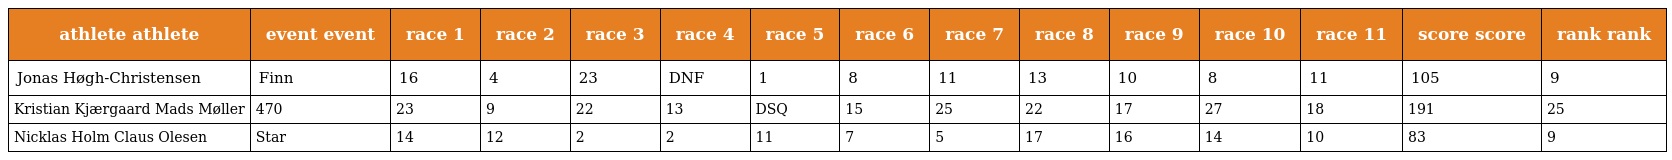
| athlete athlete | event event | race 1 | race 2 | race 3 | race 4 | race 5 | race 6 | race 7 | race 8 | race 9 | race 10 | race 11 | score score | rank rank |
 | --- | --- | --- | --- | --- | --- | --- | --- | --- | --- | --- | --- | --- | --- | --- |
 | Jonas Høgh-Christensen | Finn | 16 | 4 | 23 | DNF | 1 | 8 | 11 | 13 | 10 | 8 | 11 | 105 | 9 |
 | Kristian Kjærgaard Mads Møller | 470 | 23 | 9 | 22 | 13 | DSQ | 15 | 25 | 22 | 17 | 27 | 18 | 191 | 25 |
 | Nicklas Holm Claus Olesen | Star | 14 | 12 | 2 | 2 | 11 | 7 | 5 | 17 | 16 | 14 | 10 | 83 | 9 |